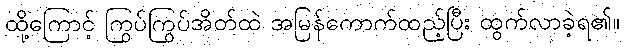
ထို့ကြောင့် ကြွပ်ကြွပ်အိတ်ထဲ အမြန်ကောက်ထည့်ပြီး ထွက်လာခဲ့ရ၏။